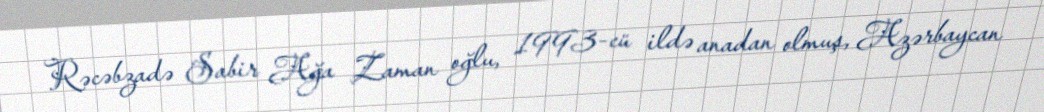
Rəcəbzadə Sabir Ağa Zaman oğlu, 1993-cü ildə anadan olmuş, Azərbaycan